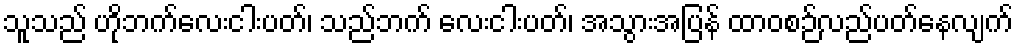
သူသည် ဟိုဘက်လေးငါးပတ်၊ သည်ဘက် လေးငါးပတ်၊ အသွားအပြန် ထာဝစဉ်လည်ပတ်နေလျက်